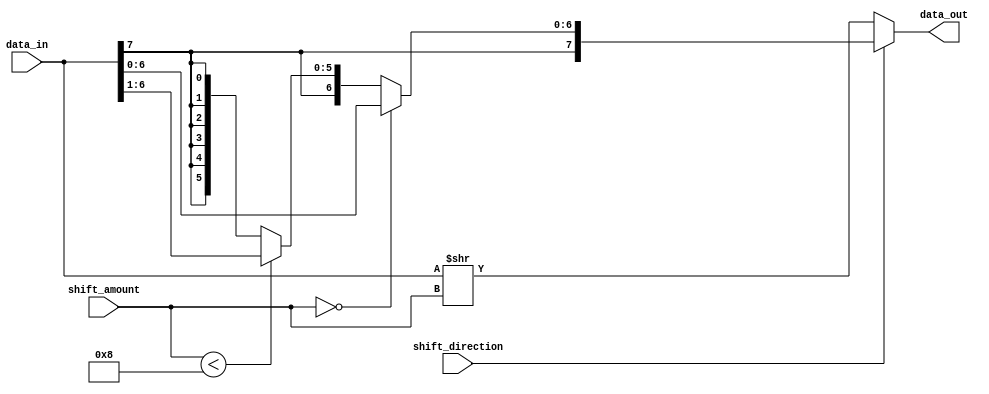
module BarrelShifter (
    input [7:0] data_in,
    input [2:0] shift_amount,
    input shift_direction,
    output reg [7:0] data_out
);

reg [7:0] shifted_data;

always @(*) begin
    if (shift_direction) begin
        // Arithmetic Right Shift
        if (shift_amount == 0) begin
            shifted_data = data_in;
        end else if (shift_amount < 8) begin
            shifted_data = {data_in[7], data_in[7:1]};
        end else begin
            shifted_data = {data_in[7], {8{data_in[7]}}};
        end
    end else begin
        // Logical Right Shift
        shifted_data = data_in >> shift_amount;
    end
end

always @(*) begin
    data_out = shifted_data;
end

endmodule